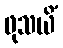
ဖုသယိံ